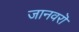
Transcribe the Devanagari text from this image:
जानवरॊ